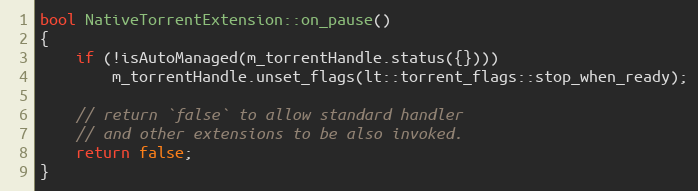
Language: C++
bool NativeTorrentExtension::on_pause()
{
    if (!isAutoManaged(m_torrentHandle.status({})))
        m_torrentHandle.unset_flags(lt::torrent_flags::stop_when_ready);

    // return `false` to allow standard handler
    // and other extensions to be also invoked.
    return false;
}